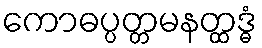
ကောဓပ္ပတ္တမနတ္ထဒ္ဓံ